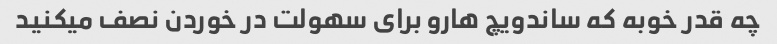
چه قدر خوبه که ساندویچ هارو برای سهولت در خوردن نصف میکنید